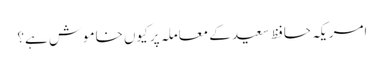
امریکہ حافظ سعید کے معاملہ پر کیوں خاموش ہے؟